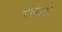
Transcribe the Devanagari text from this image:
अस्थमुदी